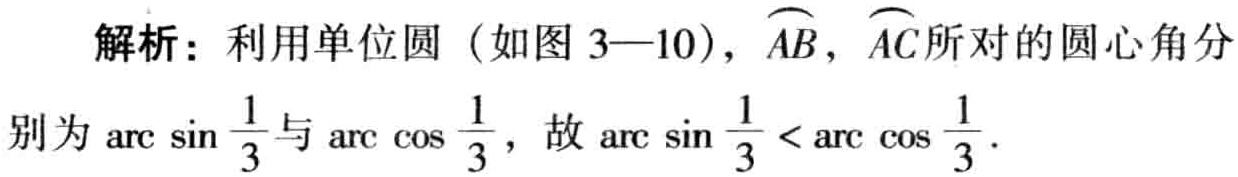
解析：利用单位圆（如图 3—10），$\overset{\frown}{AB}$，$\overset{\frown}{AC}$所对的圆心角分别为$\arcsin\frac{1}{3}$与$\arccos\frac{1}{3}$，故$\arcsin\frac{1}{3}<\arccos\frac{1}{3}$。